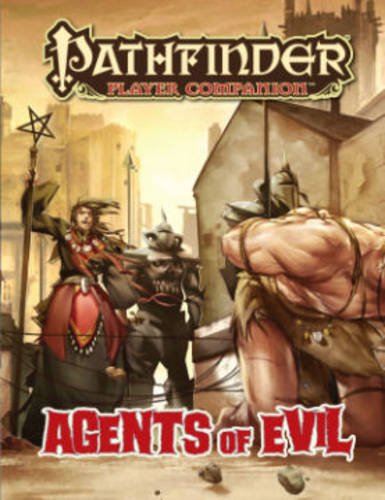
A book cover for Pathfinder Player Companion: Agents of Evil; Paizo Staff; Science Fiction & Fantasy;